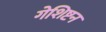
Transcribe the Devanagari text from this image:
गेशिष्टन